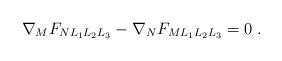
LaTeX: \begin{align*}\nabla_M F_{NL_1L_2L_3}- \nabla_NF_{ML_1L_2L_3}=0~.\end{align*}